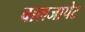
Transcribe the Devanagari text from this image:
वालजापेट